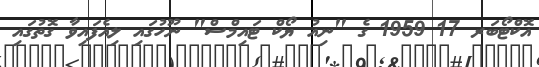
އޮކްޓޯބަރ 17 1959 ގެ "ނިއު ޔޯކް ޓައިމްސް" ނޫހުގައި ލިއެފައިވާ ގޮތުގައި